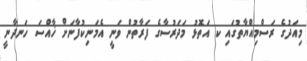
މިއަދުގެ ރަސްމިއްޔާތުގައި ކ އަތޮޅު މަދަރުސާގެ ފަރާތުން ވަނީ އެމަނިކުފާނަށް ޚާއްސަ ހަނދާނީ